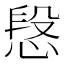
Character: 𢝪